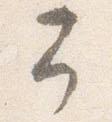
予